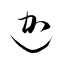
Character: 迦